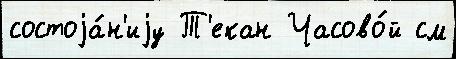
состоjа́н'иjу Т'екан Часово́й см